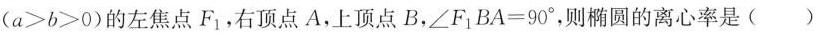
($$a > b > 0$$)的左焦点F_{1}，右顶点A，上顶点B，$$